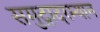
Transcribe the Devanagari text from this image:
समुद्रादरम्यान